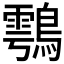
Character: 𪄮